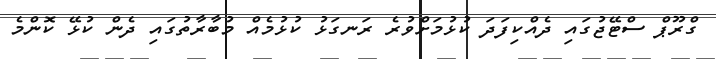
ގްރޫޕް ސްޓޭޖުގައި ދެއްކިފަދަ ކުޅުމަށްވުރެ ރަނގަޅު ކުޅުމެއް މުބާރާތުގައި ދެން ކުޅޭ ކޮންމެ